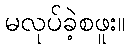
မလုပ်ခဲ့စဖူး။